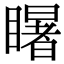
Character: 𭿦